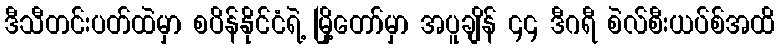
ဒီသီတင်းပတ်ထဲမှာ စပိန်နိုင်ငံရဲ့ မြို့တော်မှာ အပူချိန် ၄၄ ဒီဂရီ စဲလ်စီးယပ်စ်အထိ